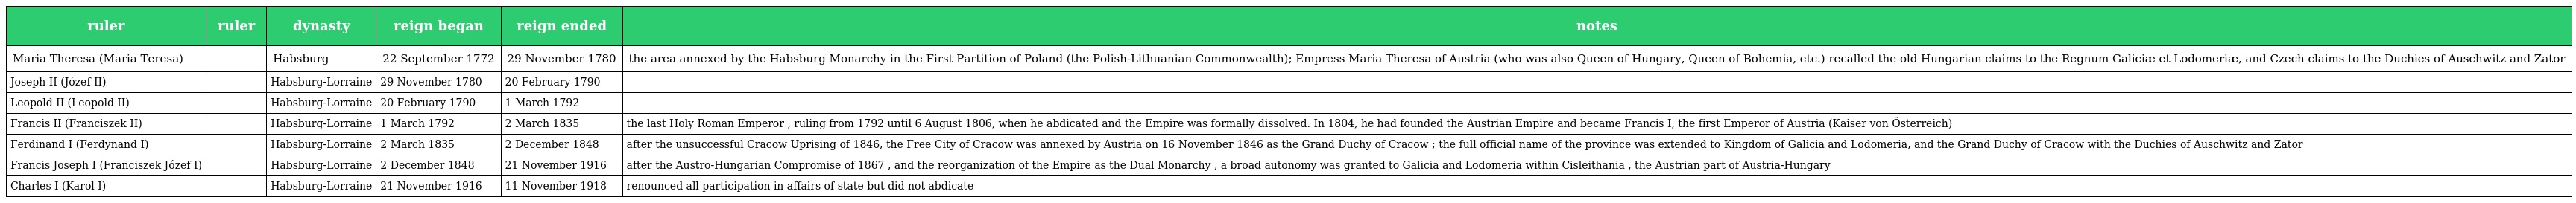
| ruler | ruler | dynasty | reign began | reign ended | notes |
 | --- | --- | --- | --- | --- | --- |
 | Maria Theresa (Maria Teresa) |  | Habsburg | 22 September 1772 | 29 November 1780 | the area annexed by the Habsburg Monarchy in the First Partition of Poland (the Polish-Lithuanian Commonwealth); Empress Maria Theresa of Austria (who was also Queen of Hungary, Queen of Bohemia, etc.) recalled the old Hungarian claims to the Regnum Galiciæ et Lodomeriæ, and Czech claims to the Duchies of Auschwitz and Zator |
 | Joseph II (Józef II) |  | Habsburg-Lorraine | 29 November 1780 | 20 February 1790 |  |
 | Leopold II (Leopold II) |  | Habsburg-Lorraine | 20 February 1790 | 1 March 1792 |  |
 | Francis II (Franciszek II) |  | Habsburg-Lorraine | 1 March 1792 | 2 March 1835 | the last Holy Roman Emperor , ruling from 1792 until 6 August 1806, when he abdicated and the Empire was formally dissolved. In 1804, he had founded the Austrian Empire and became Francis I, the first Emperor of Austria (Kaiser von Österreich) |
 | Ferdinand I (Ferdynand I) |  | Habsburg-Lorraine | 2 March 1835 | 2 December 1848 | after the unsuccessful Cracow Uprising of 1846, the Free City of Cracow was annexed by Austria on 16 November 1846 as the Grand Duchy of Cracow ; the full official name of the province was extended to Kingdom of Galicia and Lodomeria, and the Grand Duchy of Cracow with the Duchies of Auschwitz and Zator |
 | Francis Joseph I (Franciszek Józef I) |  | Habsburg-Lorraine | 2 December 1848 | 21 November 1916 | after the Austro-Hungarian Compromise of 1867 , and the reorganization of the Empire as the Dual Monarchy , a broad autonomy was granted to Galicia and Lodomeria within Cisleithania , the Austrian part of Austria-Hungary |
 | Charles I (Karol I) |  | Habsburg-Lorraine | 21 November 1916 | 11 November 1918 | renounced all participation in affairs of state but did not abdicate |